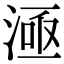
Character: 𣷉